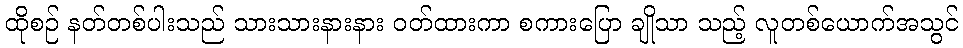
ထိုစဉ် နတ်တစ်ပါးသည် သားသားနားနား ဝတ်ထားကာ စကားပြော ချိုသာ သည့် လူတစ်ယောက်အသွင်